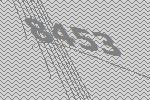
8453